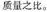
质量之比。